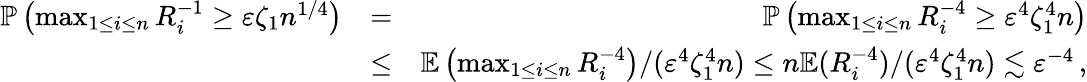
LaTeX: \begin{array}{rlr}{{\mathbb{P}}\left(\operatorname*{max}_{1\leq i\leq n}R_{i}^{-1}\geq\varepsilon\zeta_{1}n^{1/4}\right)}&{=}&{{\mathbb{P}}\left(\operatorname*{max}_{1\leq i\leq n}R_{i}^{-4}\geq\varepsilon^{4}\zeta_{1}^{4}n\right)}\\ &{\leq}&{{\mathbb{E}}\left(\operatorname*{max}_{1\leq i\leq n}R_{i}^{-4}\right)/(\varepsilon^{4}\zeta_{1}^{4}n)\leq n{\mathbb{E}}(R_{i}^{-4})/(\varepsilon^{4}\zeta_{1}^{4}n)\lesssim\varepsilon^{-4}\, ,}\end{array}